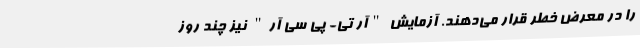
را در معرض خطر قرار می‌‌دهند. آزمایش "آر تی- پی سی آر" نیز چند روز